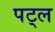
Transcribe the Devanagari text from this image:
पट्ल